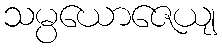
သမ္ပယောဇေယျ